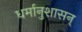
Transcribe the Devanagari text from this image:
धर्मानुशासन्